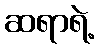
ဆရာရဲ့